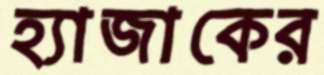
হ্যাজাকের